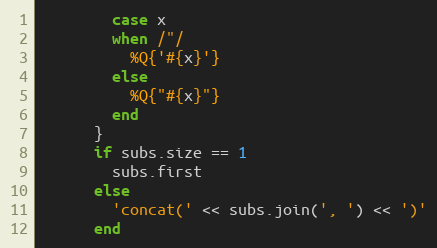
Language: Ruby
        case x
        when /"/
          %Q{'#{x}'}
        else
          %Q{"#{x}"}
        end
      }
      if subs.size == 1
        subs.first
      else
        'concat(' << subs.join(', ') << ')'
      end